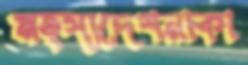
মত্স্যদেশনাকা